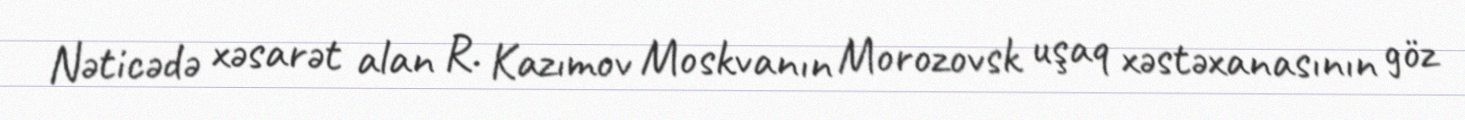
Nəticədə xəsarət alan R. Kazımov Moskvanın Morozovsk uşaq xəstəxanasının göz